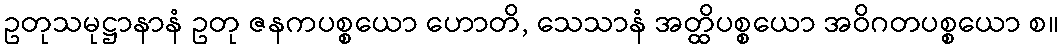
ဥတုသမုဋ္ဌာနာနံ ဥတု ဇနကပစ္စယော ဟောတိ, သေသာနံ အတ္ထိပစ္စယော အဝိဂတပစ္စယော စ။